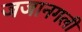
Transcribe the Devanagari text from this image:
जजानगली